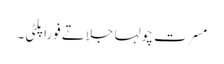
مسرت چولہا جلاتے فوراً پلٹی۔